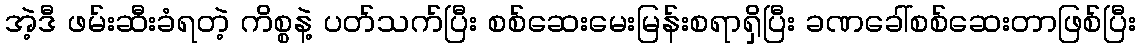
အဲ့ဒီ ဖမ်းဆီးခံရတဲ့ ကိစ္စနဲ့ ပတ်သက်ပြီး စစ်ဆေးမေးမြန်းစရာရှိပြီး ခဏခေါ်စစ်ဆေးတာဖြစ်ပြီး